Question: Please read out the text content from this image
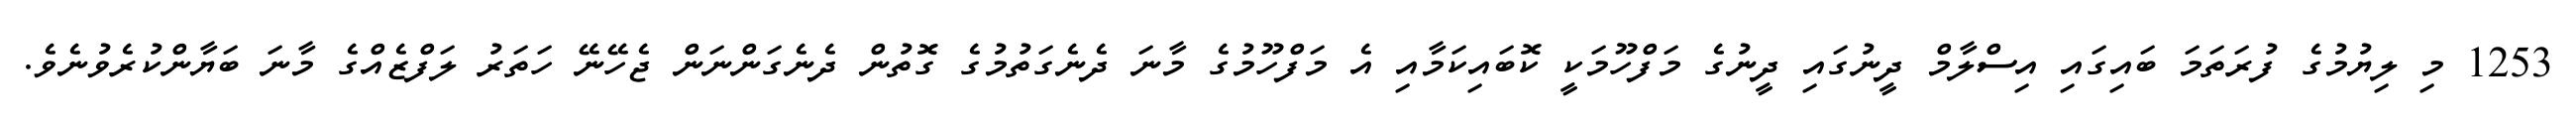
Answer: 1253 މި ލިޔުމުގެ ފުރަތަމަ ބައިގައި އިސްލާމް ދީނުގައި ދީނުގެ މަފްހޫމަކީ ކޮބައިކަމާއި އެ މަފްހޫމުގެ މާނަ ދެނެގަތުމުގެ ގޮތުން ދެނެގަންނަން ޖެހޭނޭ ހަތަރު ލަފްޒެއްގެ މާނަ ބަޔާންކުރެވުނެވެ.